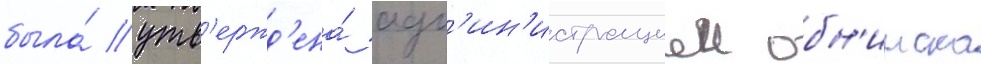
была́ утв'ержд'ена́ адм'ин'истрациеи обн'инска